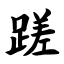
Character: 蹉